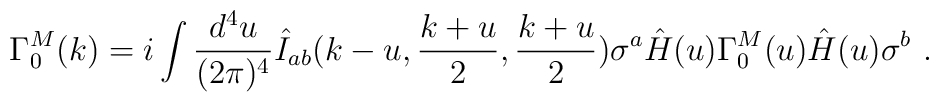
\Gamma_0^M(k) = i \int{d^4u \over (2 \pi)^4}       \hat I_{ab} \big (k-u, {k+u \over 2}, {k+u \over 2} \big )   \sigma^a \hat H(u)\Gamma_0^M(u) \hat H(u)   \sigma^b \ .